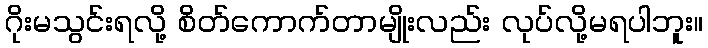
ဂိုးမသွင်းရလို့ စိတ်ကောက်တာမျိုးလည်း လုပ်လို့မရပါဘူး။